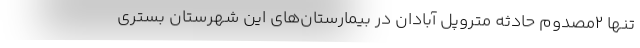
تنها ۲مصدوم حادثه متروپل آبادان در بیمارستان‌های این شهرستان بستری